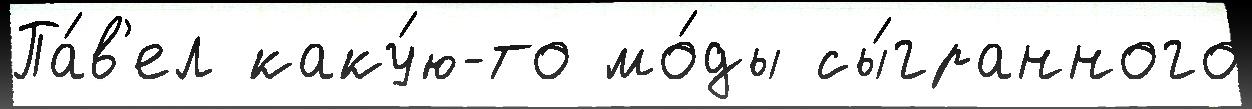
Па́в'ел каку́ю-то мо́ды сы́гранного